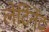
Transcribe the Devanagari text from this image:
लेटिनेंट